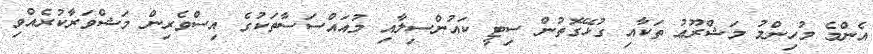
އެންމެ މުހިންމު މަޝްރޫޢު ތަކާއި ގުޅޭގޮތުން ސިޓީ ކައުންސިލާއި މުއައްސަސާތަކުގެ އިސްވެރިން މަޝްވަރާކުރެއްވި